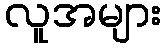
လူအများ